Juuru_vallavalitsus, lk 29
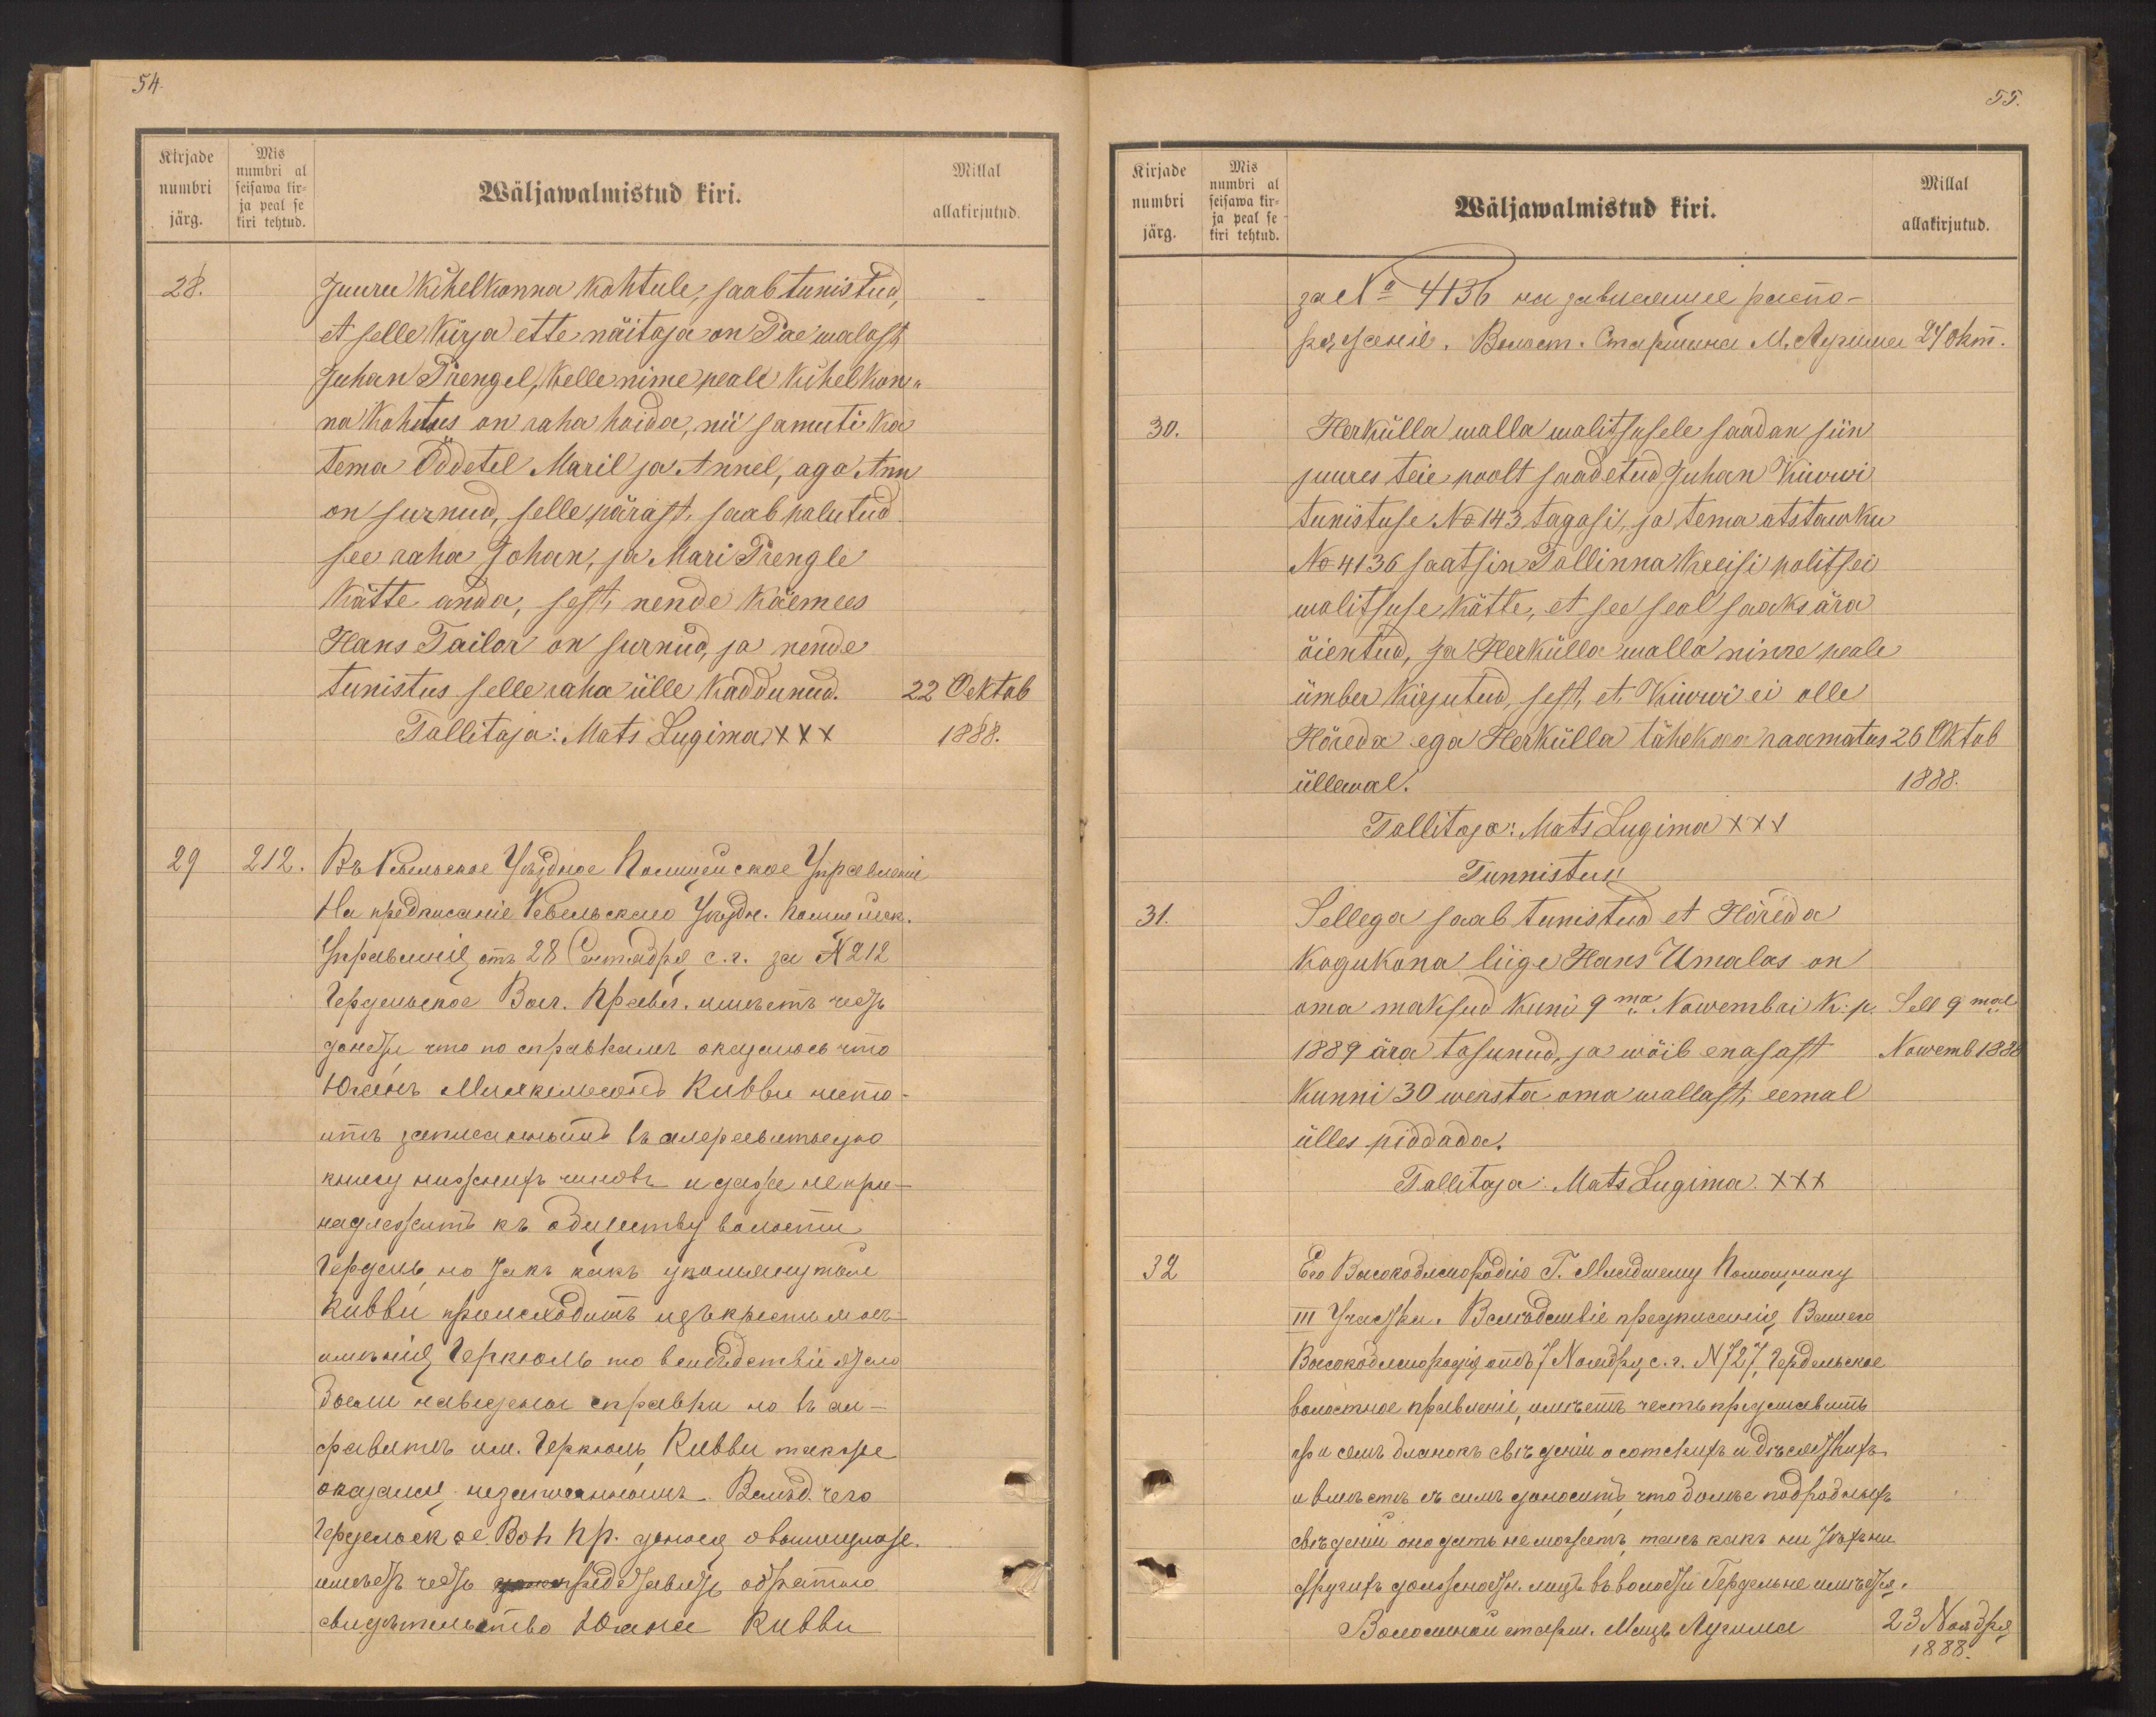
Kirjade
numbri
järg.
Mis
numbri al
seisawa kir-
ja peal se
kiri tehtud.

54.
Wäljawalmistud kiri.
Millal
allakirjutud.
28.
Juuru kihelkonna kohtule saab tunistud,
et selle kirja ette näitaja on Pae walast
Juhan Prengel, kelle nime peale kihelkon-
na kohutus on raha hoida, nii samuti ka
Tema Öddetel Maril ja Annel, aga Ann
on surnud, selle pärast saab palutud
see raha Johan, ja Mari Prengle
kätte anda, sest, nende käemees
Hans Tailor on surnud, ja nende
tunistus selle raha ülle kaddunud.
22 Ocktob
Tallitaja: Mats Lugima XXX
1888.
29
212.

Kirjade
numbri
järg.
Mis
numbri al
seisawa kir-
ja peal se
kiri tehtud.

55.
Millal
Wäljawalmistud kiri.
allakirjutud.
30.
Herkülla walla walitsusele saadan siin
juures teie poolt saadetud Juhan Kiwwi
Tunnistuse No 143 tagasi, ja tema otstawku
No 4136 saatsin Tallinna Kreisi politsei
walitsuse kätte, et see seal saaks ära
õientud, ja Herkülla walla nime peale
ümber kirjutud, sest, et Kiwwi ei olle
Hõreda ega Herkülla tähekwa raamatus 26 Oktob
üllewal.
1888.
Tallitaja: Mats Lugima XXX
Tunnistus:
31.
Sellega saab tunistud et Hõreda
kogukona liige Hans Umalas on
oma maksud kuni 9ma Nowembri k: p. Sell 9mal
1889 ära tasunud, ja wõib enasast Nowemb 1888
Kunni 30 wersta oma wallast, eemal
ülles piddada.
Tallitaja: Mats Lugima XXX
32
23 Nowdkel
1888